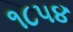
૧૮૫૪